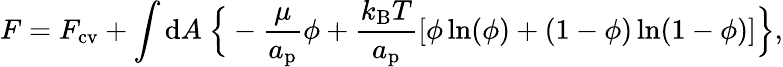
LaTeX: F=F_{\mathrm{cv}}+\int{\mathrm{d}}A\ \Big\{ -\frac{\mu}{a_{\mathrm{p}}}\phi+\frac{k_{\mathrm{B}}T}{a_{\mathrm{p}}}[\phi\ln(\phi)+(1-\phi)\ln(1-\phi)]\Big\} ,